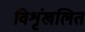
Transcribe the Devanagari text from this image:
विशृंखलित